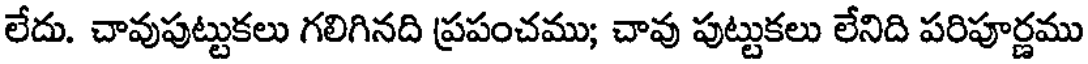
లేదు. చావుపుట్టుకలు గలిగినది ప్రపంచము; చావు పుట్టుకలు లేనిది పరిపూర్ణము